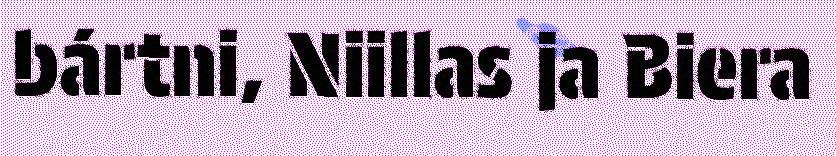
bártni, Niillas ja Biera